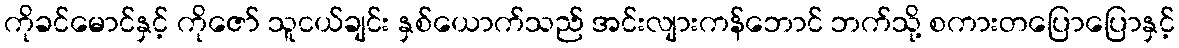
ကိုခင်မောင်နှင့် ကိုဇော် သူငယ်ချင်း နှစ်ယောက်သည် အင်းလျားကန်ဘောင် ဘက်သို့ စကားတပြောပြောနှင့်